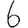
Digit: 6